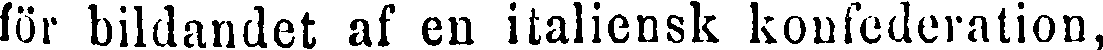
för bildandet af en italiensk konfederation,